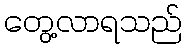
တွေ့လာရသည်